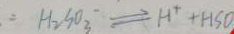
: H _ { 2 } S O _ { 3 } \rightleftharpoons H ^ { + } + H S O